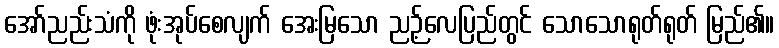
အော်ညည်းသံကို ဖုံးအုပ်စေလျက် အေးမြသော ညဉ့်လေပြည်တွင် သောသောရုတ်ရုတ် မြည်၏။